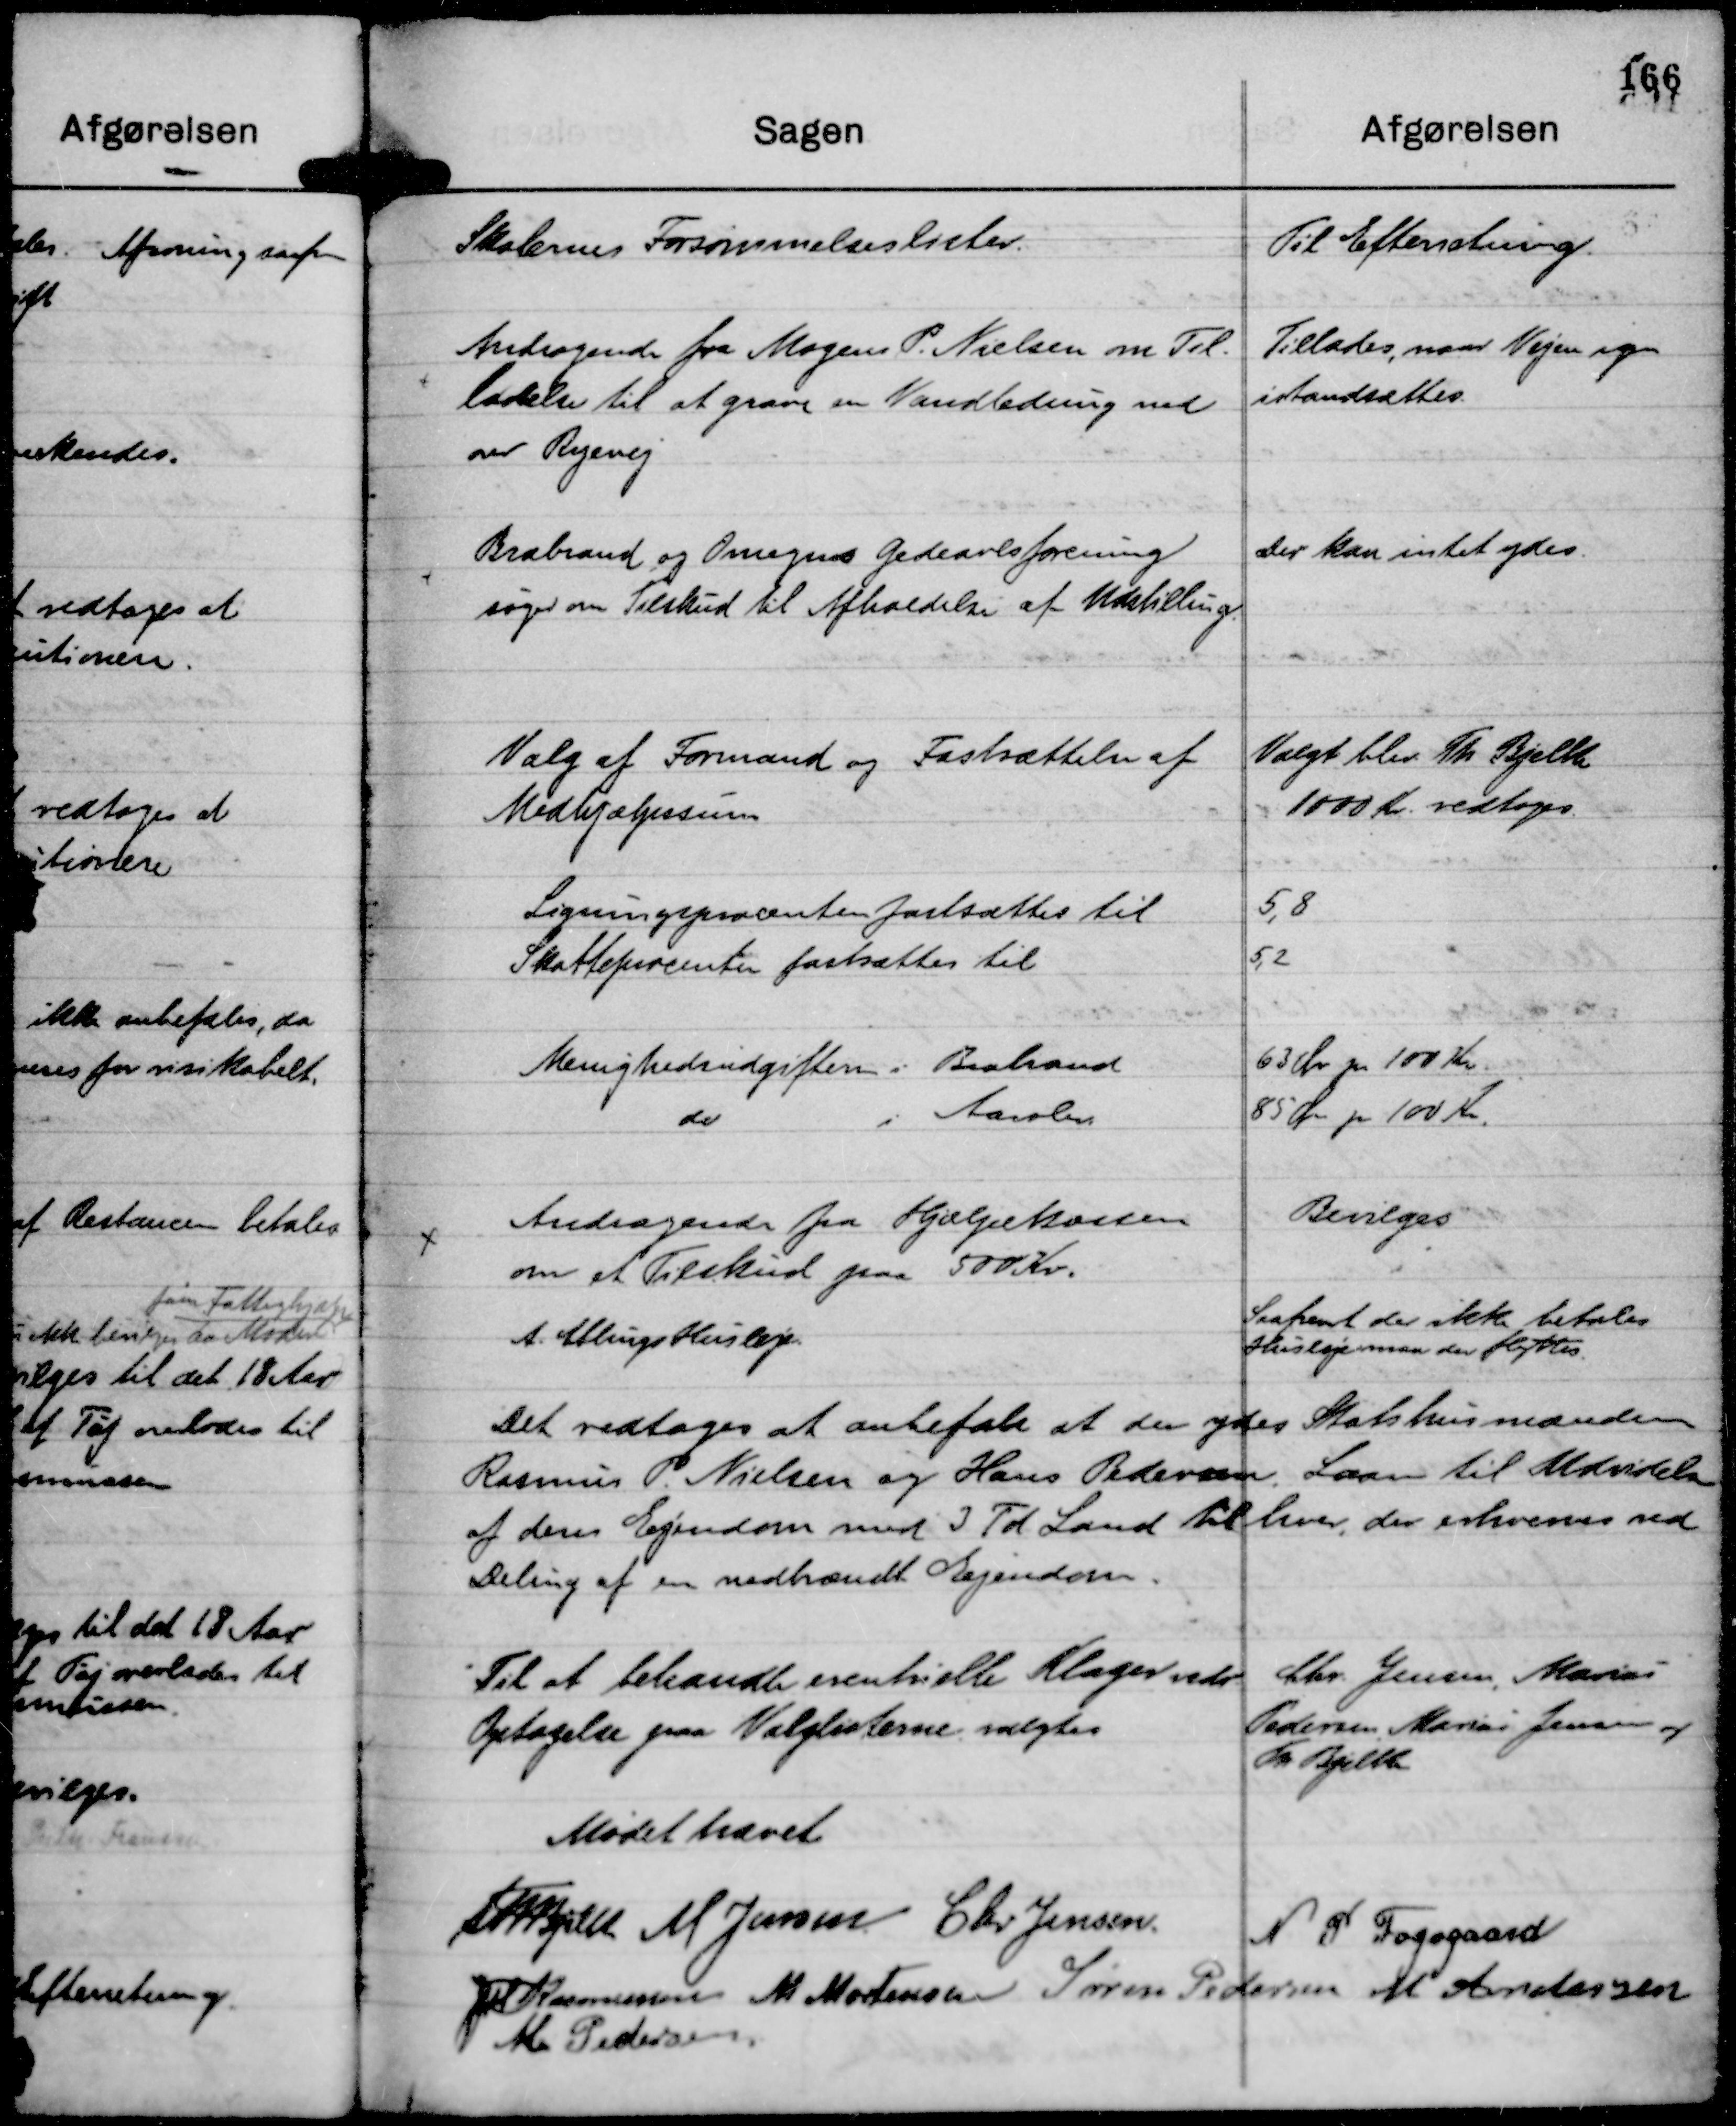
Transskription:
Skolernes Forsømmelseslister.

Til Efterretning.

Andragende fra Mogens P. Nielsen om Til-
ladelse til at grave en Vandledning ned
ved Ryevej

Tillades, naar Vejen igen
istandsættes.

Brabrand og Omegns Gedeavlsforening
søger om Tilskud til Afholdelse af Udstilling.

Der kan intet ydes.

Valg af Formand og Fastsættelse af
Medhjælpssum

Valgt blev Th. Bjelke
1000 Kr. vedtoges.

Ligningsprocenten fastsættes til
5,8
Skatteprocenten fastsættes til
5,2

Menighedsudgiften i Brabrand
63 Ør pr 100 Kr.
do
i Aarslev.
85 Øre pr 100 Kr.

Andragende fra Hjælpekassen
om et Tilskud paa 500 Kr.     Bevilges

A. Eblings Husleje.

Saafremt der ikke betales
Husleje maa der flyttes.

Det vedtoges at anbefale at der ydes Statshusmanden
Rasmus P. Nielsen og Hans Pedersen, Laan til Udvidelse
af deres Ejendom med 3 Td Land til hver, der erhverves ved
Deling af en nedbrændt Ejendom.

Til at behandle eventuelle Klager vedr.
Optagelse paa Valglisterne valgtes

Chr. Jensen, Marius
Pedersen, Marius Jensen og
Th Bjelke

Mødet hævet
Th Bjelke
M Jensen
Chr Jensen.
N P Fogsgaard
JM Rasmussen
M Mortensen
Søren Pedersen
M Andersen
M Pedersen.